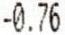
-0.76